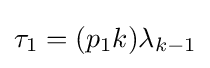
\tau _{1}=(p_{1}k)\lambda _{k-1}